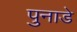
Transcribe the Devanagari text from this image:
पुनाडे